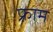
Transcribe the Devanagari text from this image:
फ़्राम